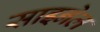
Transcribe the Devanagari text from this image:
साइनेल